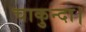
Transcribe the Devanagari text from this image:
चाकुन्दा।